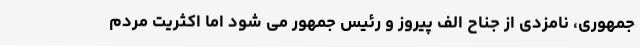
جمهوری، نامزدی از جناح الف پیروز و رئیس جمهور می شود اما اکثریت مردم